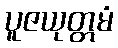
ပူဇယုတ္တမံ